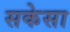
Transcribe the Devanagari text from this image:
सकेसा